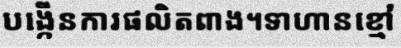
បង្កើនការផលិតពាង។ទាហានខ្មៅ